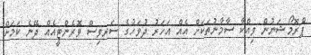
ޕްރޮމޯޝަނުން ވިއްކާ ސާމާނުތަކަށް އެއް އަހަރު ދުވަހުގެ ސަރވިސް ވޮރެންޓީއެއް ދޭނެ ކަމަށް